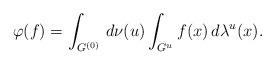
LaTeX: \begin{align*}\varphi(f)=\int_{G^{(0)}}\,d\nu(u)\int_{G^u}f(x)\,d\lambda^u(x).\end{align*}